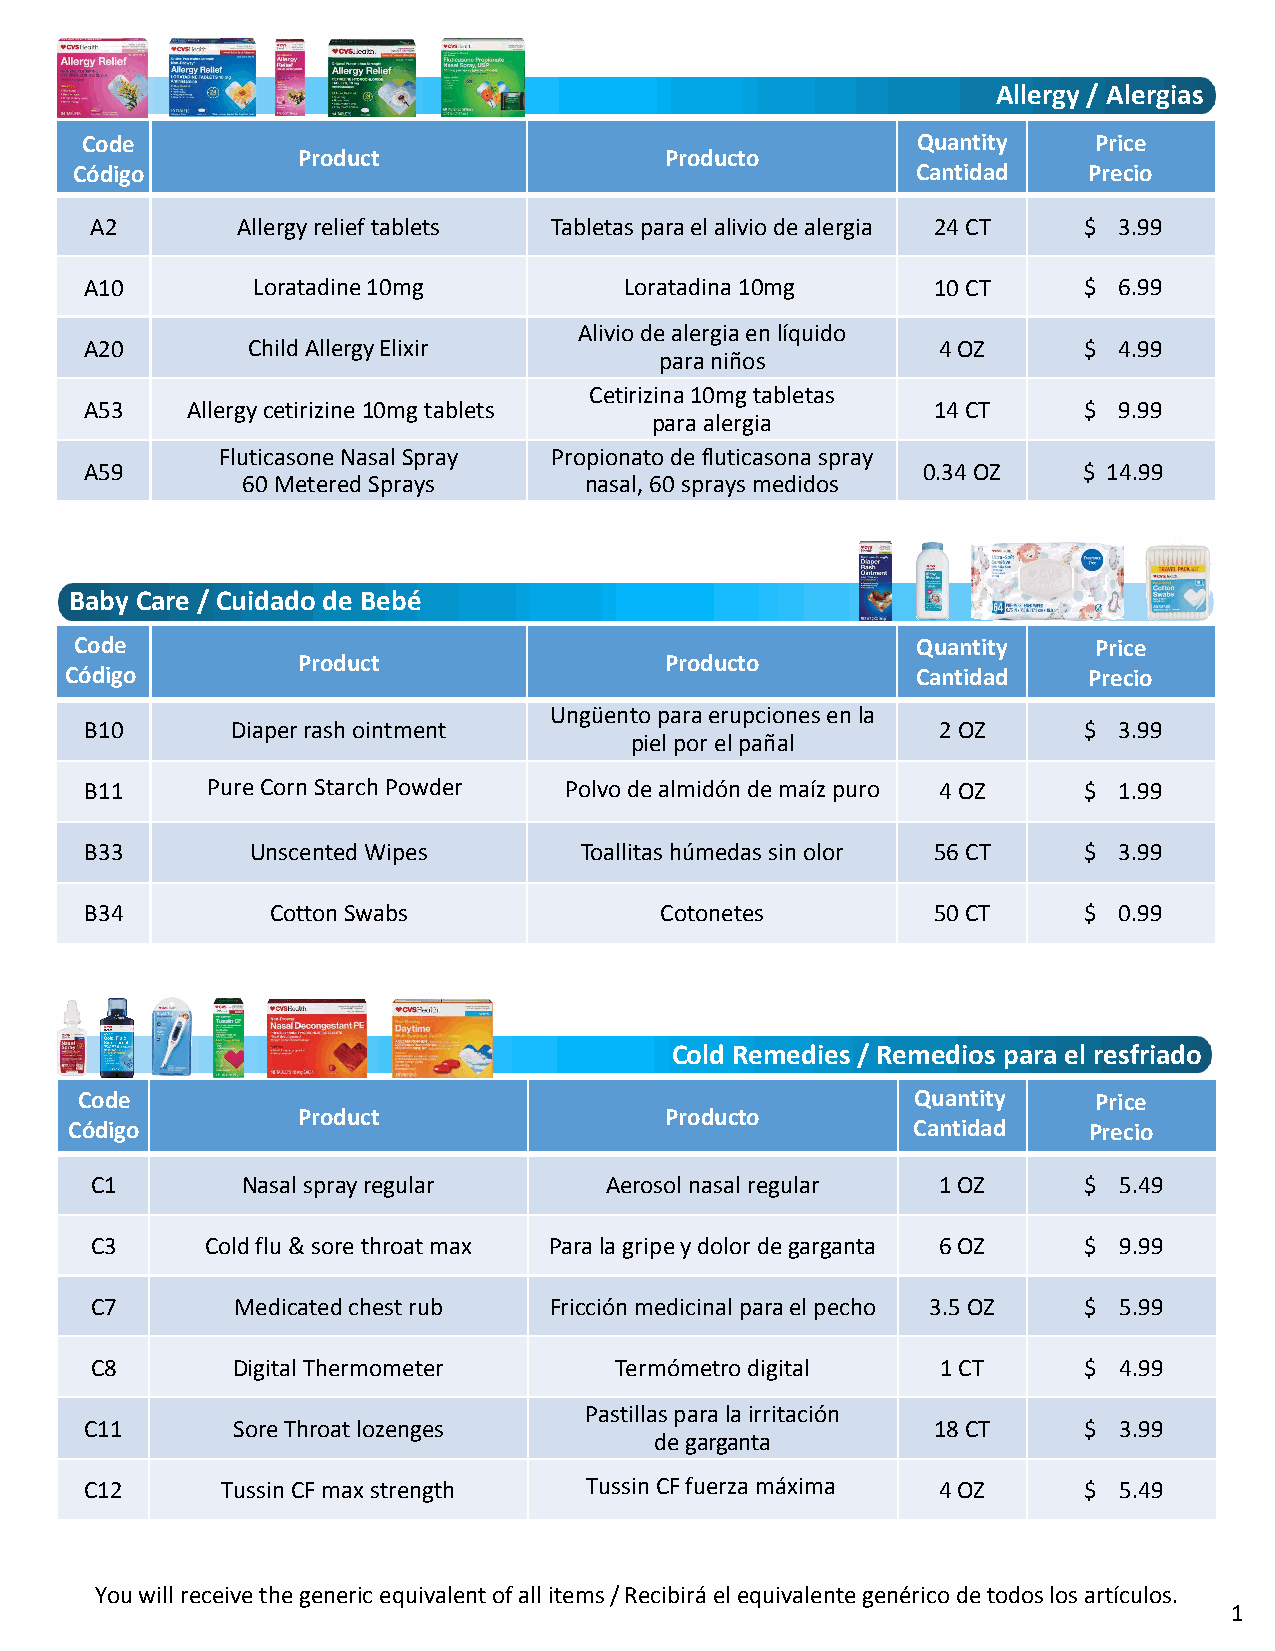
Allergy / Alergias
 Code                                                    Quantity   Price
 Product                 Producto
 Código                                                  Cantidad   Precio
 A2        Allergy relief tablets Tabletas para el alivio de alergia 24 CT $ 3.99
 A10        Loratadine 10mg         Loratadina 10mg      10 CT     $ 6.99
 Alivio de alergia en líquido
 A20       Child Allergy Elixir                          4 OZ      $ 4.99
 para niños
 Cetirizina 10mg tabletas
 A53   Allergy cetirizine 10mg tablets                   14 CT     $ 9.99
 para alergia
 Fluticasone Nasal Spray Propionato de fluticasona spray
 A59                                                    0.34 OZ    $ 14.99
 60 Metered Sprays      nasal, 60 sprays medidos
 Baby Care / Cuidado de Bebé
 Code                                                    Quantity   Price
 Product                 Producto
 Código                                                   Cantidad   Precio
 Ungüento para erupciones en la
 B10      Diaper rash ointment                           2 OZ      $ 3.99
 piel por el pañal
 B11     Pure Corn Starch Powder Polvo de almidón de maíz puro 4 OZ $ 1.99
 B33        Unscented Wipes      Toallitas húmedas sin olor 56 CT  $ 3.99
 B34         Cotton Swabs              Cotonetes         50 CT     $ 0.99
 Cold Remedies / Remedios para el resfriado
 Code                                                    Quantity    Price
 Product                 Producto
 Código                                                 Cantidad    Precio
 C1        Nasal spray regular     Aerosol nasal regular 1 OZ      $ 5.49
 C3      Cold flu & sore throat max Para la gripe y dolor de garganta 6 OZ $ 9.99
 C7       Medicated chest rub  Fricción medicinal para el pecho 3.5 OZ $ 5.99
 C8       Digital Thermometer       Termómetro digital   1 CT      $ 4.99
 Pastillas para la irritación
 C11      Sore Throat lozenges                           18 CT     $ 3.99
 de garganta
 C12      Tussin CF max strength  Tussin CF fuerza máxima 4 OZ     $ 5.49
 You will receive the generic equivalent of all items / Recibirá el equivalente genérico de todos los artículos.
 1